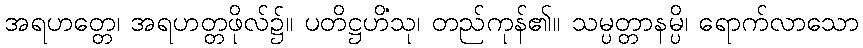
အရဟတ္တေ၊ အရဟတ္တဖိုလ်၌။ ပတိဋ္ဌဟိံသု၊ တည်ကုန်၏။ သမ္ပတ္တာနမ္ပိ၊ ရောက်လာသော